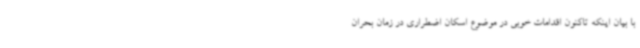
با بیان اینکه تاکنون اقدامات خوبی در موضوع اسکان اضطراری در زمان بحران